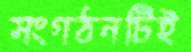
সংগঠনটিই